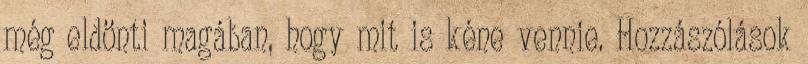
még eldönti magában, hogy mit is kéne vennie. Hozzászólások